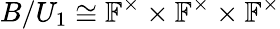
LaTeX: B/U_{1}\cong\mathbb{F}^{\times}\times\mathbb{F}^{\times}\times\mathbb{F}^{\times}